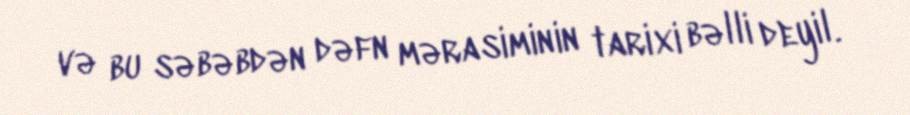
və bu səbəbdən dəfn mərasiminin tarixi bəlli deyil.